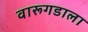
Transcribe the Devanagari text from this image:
वारूगडाला